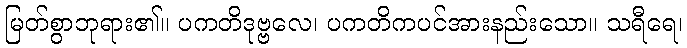
မြတ်စွာဘုရား၏။ ပကတိဒုဗ္ဗလေ၊ ပကတိကပင်အားနည်းသော။ သရီရေ၊